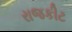
રાજકીટ